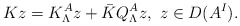
\begin{align*} Kz=K_\Lambda^Az+\bar{K}Q_\Lambda^Az,\ z\in D(A^I).\end{align*}